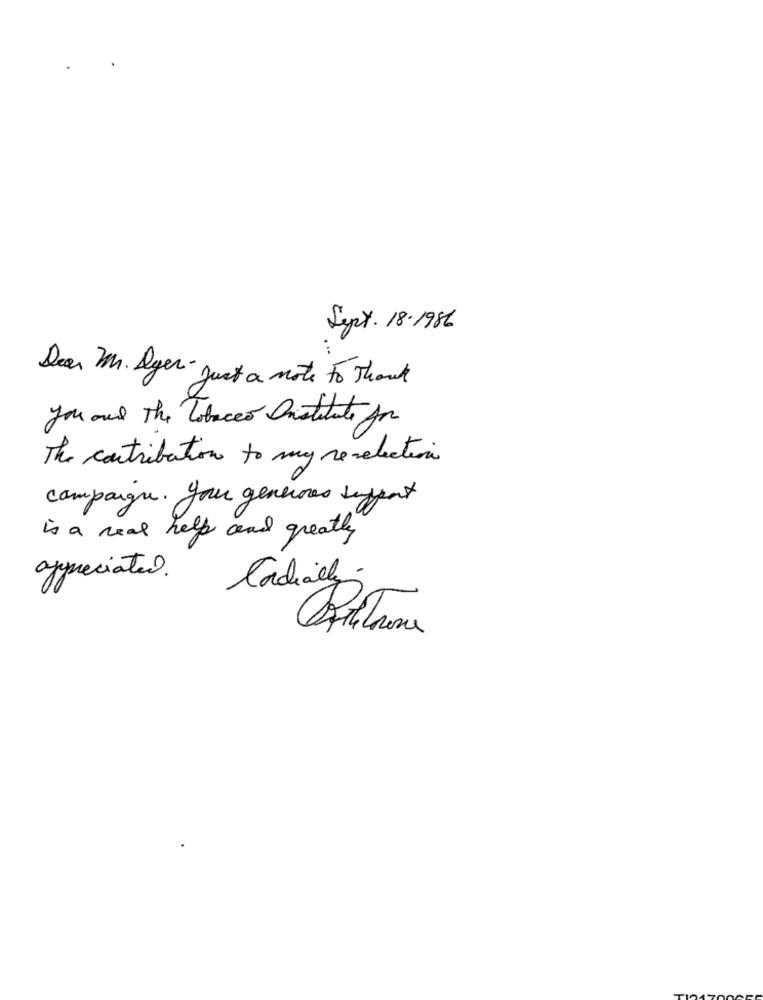
Sept. 18.1986
Dear Mr. Ayer- just a note to Thank
you and The Tobacco Institute for
The contribution to my revelection
campaign. your generous support
is a real help and greatly
appreciated.
Radially.